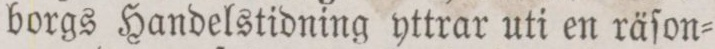
borgs Handelstidning yttrar uti en räſon=